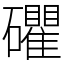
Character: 𥗫